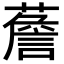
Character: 薝